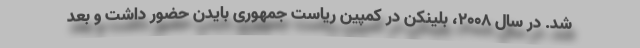
شد. در سال 2008، بلینکن در کمپین ریاست جمهوری بایدن حضور داشت و بعد